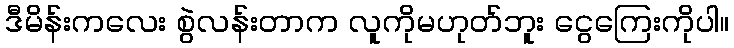
ဒီမိန်းကလေး စွဲလန်းတာက လူကိုမဟုတ်ဘူး ငွေကြေးကိုပါ။